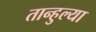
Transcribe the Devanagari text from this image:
तान्हुल्या